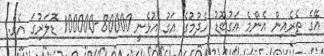
އޭގެ ތެރެއިން އެންމެ އަގުބޮޑު ހެދުމުގެ އަގު އުޅެނީ 80000-100000 ޑޮލަރުގަ އެވެ.